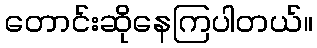
တောင်းဆိုနေကြပါတယ်။